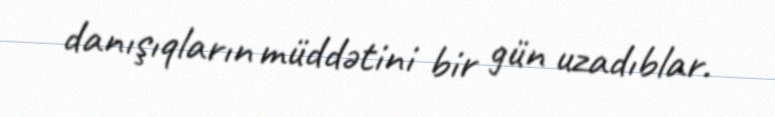
danışıqların müddətini bir gün uzadıblar.